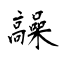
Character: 髞